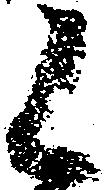
候